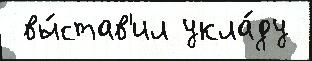
 вы́став'ил укла́ду